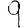
Digit: 9